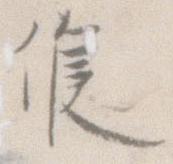
候